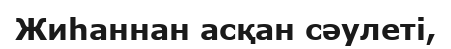
Жиһаннан асқан сәулеті,